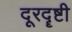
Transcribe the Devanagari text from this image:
दूरदॄष्टी